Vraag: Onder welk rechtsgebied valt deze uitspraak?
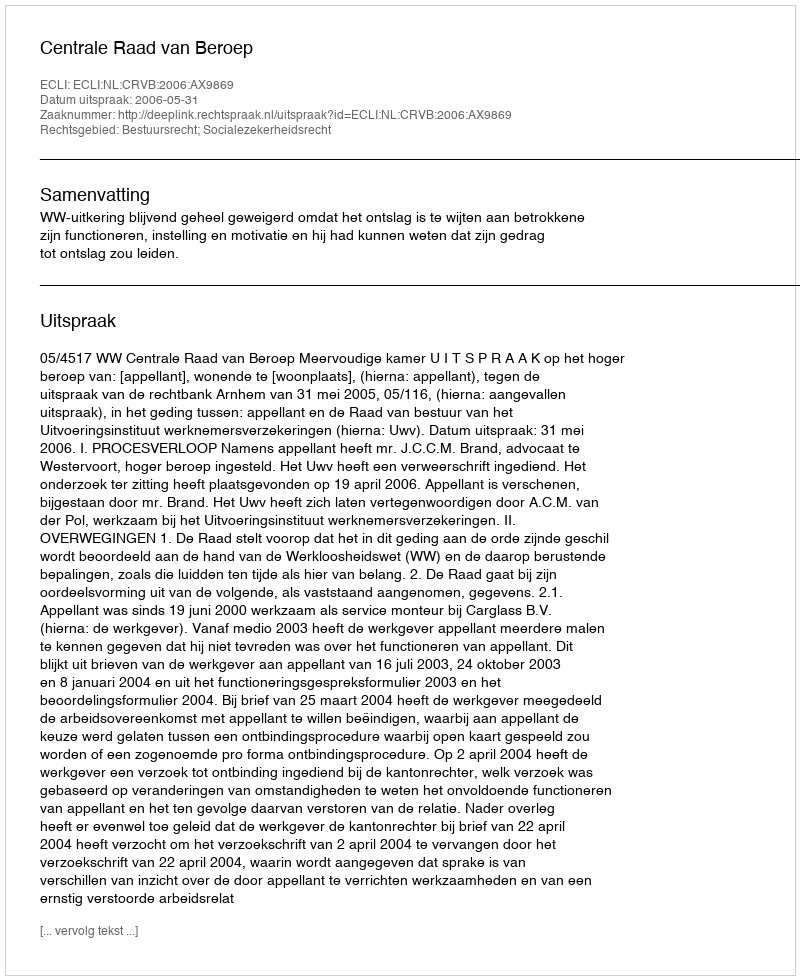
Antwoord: Bestuursrecht; Socialezekerheidsrecht